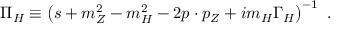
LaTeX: \Pi _ { \cal H } \equiv \left( s + m _ { Z } ^ { 2 } - m _ { \cal H } ^ { 2 } - 2 p \cdot p _ { Z } + i m _ { \cal H } \Gamma _ { \cal H } \right) ^ { - 1 } ~ .